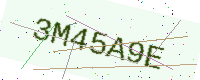
Text: 3M45A9E